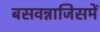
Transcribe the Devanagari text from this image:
बसवन्नाजिसमें